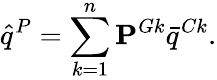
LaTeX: \hat{q}^{P}=\sum_{k=1}^{n}\mathbf{P}^{Gk}\bar{q}^{Ck}.